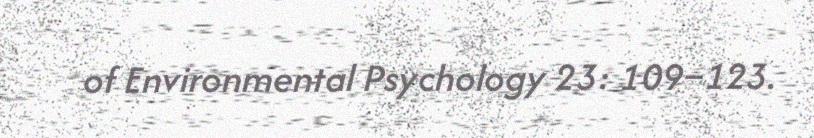
of Environmental Psychology 23: 109–123.